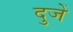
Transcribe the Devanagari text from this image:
दुजें